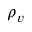
\rho _ { v }